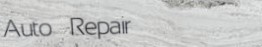
Auto Repair